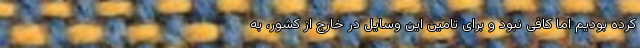
کرده بودیم اما کافی نبود و برای تامین این وسایل در خارج از کشور، به